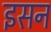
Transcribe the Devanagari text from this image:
इसन